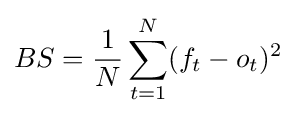
BS={\frac {1}{N}}\sum \limits _{t=1}^{N}(f_{t}-o_{t})^{2}\,\!